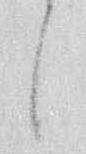
候